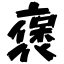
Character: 褒